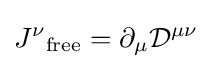
{J^{\nu }}_{\text{free}}=\partial _{\mu }{\mathcal {D}}^{\mu \nu }